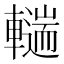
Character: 𰹨